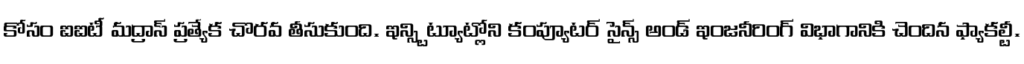
కోసం ఐఐటీ మద్రాస్ ప్రత్యేక చొరవ తీసుకుంది. ఇన్స్టిట్యూట్లోని కంప్యూటర్ సైన్స్ అండ్ ఇంజనీరింగ్ విభాగానికి చెందిన ఫ్యాకల్టీ.